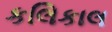
કલિકાલ